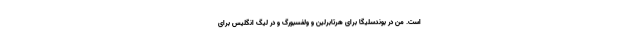
است. من در بوندسلیگا برای هرتابرلین و ولفسبورگ و در لیگ انگلیس برای